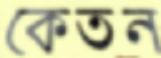
কেতন